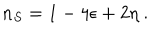
LaTeX: n _ { S } = 1 - 4 \epsilon + 2 \eta ~ .